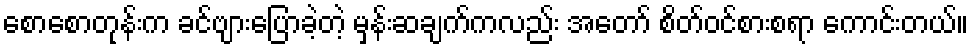
စောစောတုန်းက ခင်ဗျားပြောခဲ့တဲ့ မှန်းဆချက်ကလည်း အတော် စိတ်ဝင်စားစရာ ကောင်းတယ်။